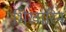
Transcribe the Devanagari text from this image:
भिखारिन